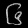
Digit: ၆